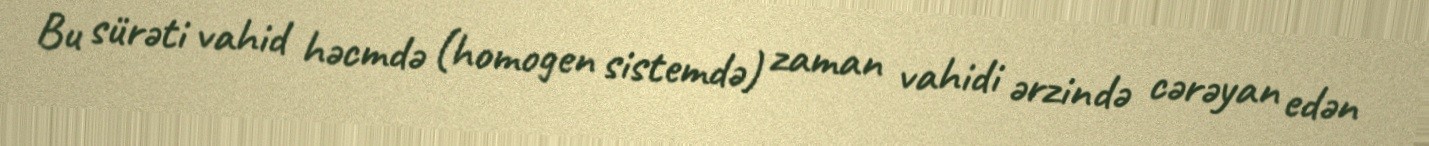
Bu sürəti vahid həcmdə (homogen sistemdə) zaman vahidi ərzində cərəyan edən